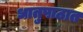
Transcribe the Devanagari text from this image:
धातुपाठात